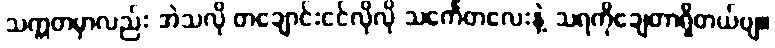
သက္ကတမှာလည်း အဲသလို တချောင်းငင်လိုလို သင်္ကေတလေးနဲ့ သရကိုချေတာရှိတယ်ဗျ။